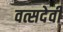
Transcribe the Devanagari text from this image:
वत्सदेवी